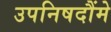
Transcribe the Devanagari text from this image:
उपनिषदौंमे